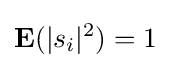
\mathbf {E} (|s_{i}|^{2})=1